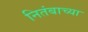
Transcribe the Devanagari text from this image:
नितंबाच्या